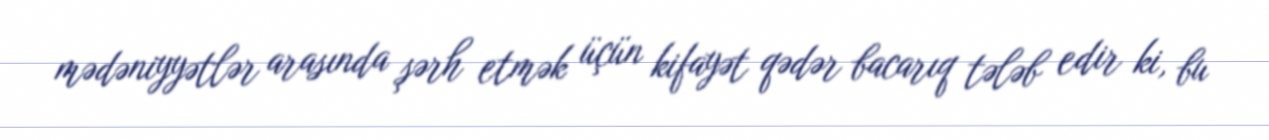
mədəniyyətlər arasında şərh etmək üçün kifayət qədər bacarıq tələb edir ki, bu